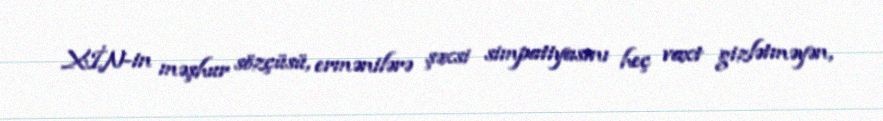
XİN-in məşhur sözçüsü, ermənilərə şəxsi simpatiyasını heç vaxt gizlətməyən,